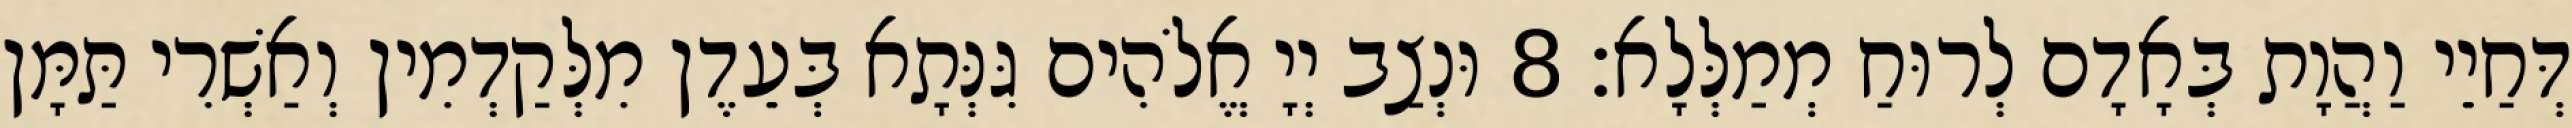
דְּחַיֵי וַהֲוָת בְּאָדָם לְרוּחַ מְמַלְּלָא׃ 8 וּנְצַב יְיָ אֱלֹהִים גִּנְּתָא בְּעֵדֶן מִלְּקַדְמִין וְאַשְׁרִי תַּמָּן